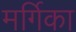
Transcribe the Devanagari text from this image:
मर्गिका